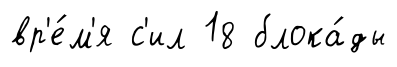
вр'е́м'я с'ил 18 блока́ды